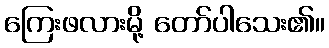
ကြေးဖလားမို့ တော်ပါသေး၏။